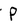
Character: P